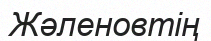
Жәленовтің